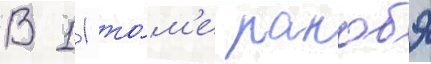
В 11 то́м'е ранобэ